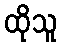
ထိုသူ